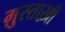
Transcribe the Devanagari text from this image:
ग़ुस्ताख़ी